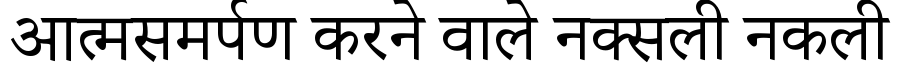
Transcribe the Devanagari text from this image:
आत्मसमर्पण करने वाले नक्सली नकली